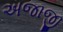
અજાજી